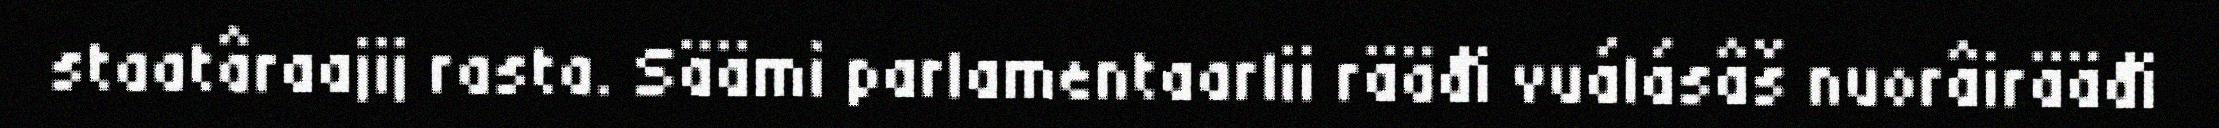
staatâraajij rasta. Säämi parlamentaarlii rääđi vuálásâš nuorâirääđi